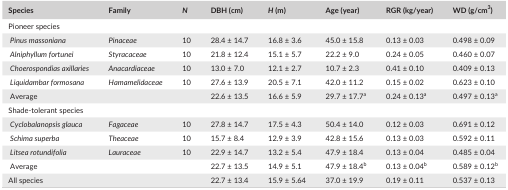
<table><thead><tr><td><b>Species</b></td><td><b>Family</b></td><td><b><i>N</i></b></td><td><b>DBH (cm)</b></td><td><b><i>H</i> (m)</b></td><td><b>Age (year)</b></td><td><b>RGR (kg/year)</b></td><td><b>WD (g/cm<sup>3</sup><sub>)</sub></b></td></tr></thead><tbody><tr><td colspan="8">Pioneer species</td></tr><tr><td><i> Pinus massoniana</i></td><td><i>Pinaceae</i></td><td>10</td><td>28.4 ± 14.7</td><td>16.8 ± 3.6</td><td>45.0 ± 15.8</td><td>0.13 ± 0.03</td><td>0.498 ± 0.09</td></tr><tr><td><i> Alniphyllum fortunei</i></td><td><i>Styracaceae</i></td><td>10</td><td>21.8 ± 12.4</td><td>15.1 ± 5.7</td><td>22.2 ± 9.0</td><td>0.24 ± 0.05</td><td>0.460 ± 0.07</td></tr><tr><td><i> Choerospondias axillaries</i></td><td><i>Anacardiaceae</i></td><td>10</td><td>13.0 ± 7.0</td><td>12.1 ± 2.7</td><td>10.7 ± 2.3</td><td>0.41 ± 0.10</td><td>0.409 ± 0.13</td></tr><tr><td><i> Liquidambar formosana</i></td><td><i>Hamamelidaceae</i></td><td>10</td><td>27.6 ± 13.9</td><td>20.5 ± 7.1</td><td>42.0 ± 11.2</td><td>0.15 ± 0.02</td><td>0.623 ± 0.10</td></tr><tr><td><i> </i>Average</td><td></td><td></td><td>22.6 ± 13.5</td><td>16.6 ± 5.9</td><td>29.7 ± 17.7<sup>a</sup></td><td>0.24 ± 0.13<sup>a</sup></td><td>0.497 ± 0.13<sup>a</sup></td></tr><tr><td colspan="8">Shade‐tolerant species</td></tr><tr><td><i> Cyclobalanopsis glauca</i></td><td><i>Fagaceae</i></td><td>10</td><td>27.8 ± 14.7</td><td>17.5 ± 4.3</td><td>50.4 ± 14.0</td><td>0.12 ± 0.03</td><td>0.691 ± 0.12</td></tr><tr><td><i> Schima superba</i></td><td><i>Theaceae</i></td><td>10</td><td>15.7 ± 8.4</td><td>12.9 ± 3.9</td><td>42.8 ± 15.6</td><td>0.13 ± 0.03</td><td>0.592 ± 0.11</td></tr><tr><td><i> Litsea rotundifolia</i></td><td><i>Lauraceae</i></td><td>10</td><td>22.9 ± 14.7</td><td>13.2 ± 5.4</td><td>47.9 ± 18.4</td><td>0.13 ± 0.04</td><td>0.485 ± 0.04</td></tr><tr><td><i> </i>Average</td><td></td><td></td><td>22.7 ± 13.5</td><td>14.9 ± 5.1</td><td>47.9 ± 18.4<sup>b</sup></td><td>0.13 ± 0.04<sup>b</sup></td><td>0.589 ± 0.12<sup>b</sup></td></tr><tr><td>All species</td><td></td><td></td><td>22.7 ± 13.4</td><td>15.9 ± 5.64</td><td>37.0 ± 19.9</td><td>0.19 ± 0.11</td><td>0.537 ± 0.13</td></tr></tbody></table>